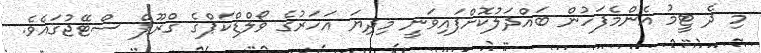
މި ދެ ޓީމު އެންމެފަހުން ބައްދަލުކޮށްފައިވަނީ މިދިޔަ އަހަރުގެ ވޯލްޑްކަޕްގެ ގްރޫޕް ސްޓޭޖުގައެވެ.